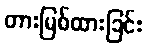
တားမြစ်ထားခြင်း